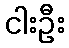
ငါးဦး